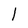
Character: l